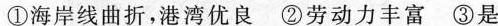
①海岸线曲折，港湾优良 ②劳动力丰富 ③是